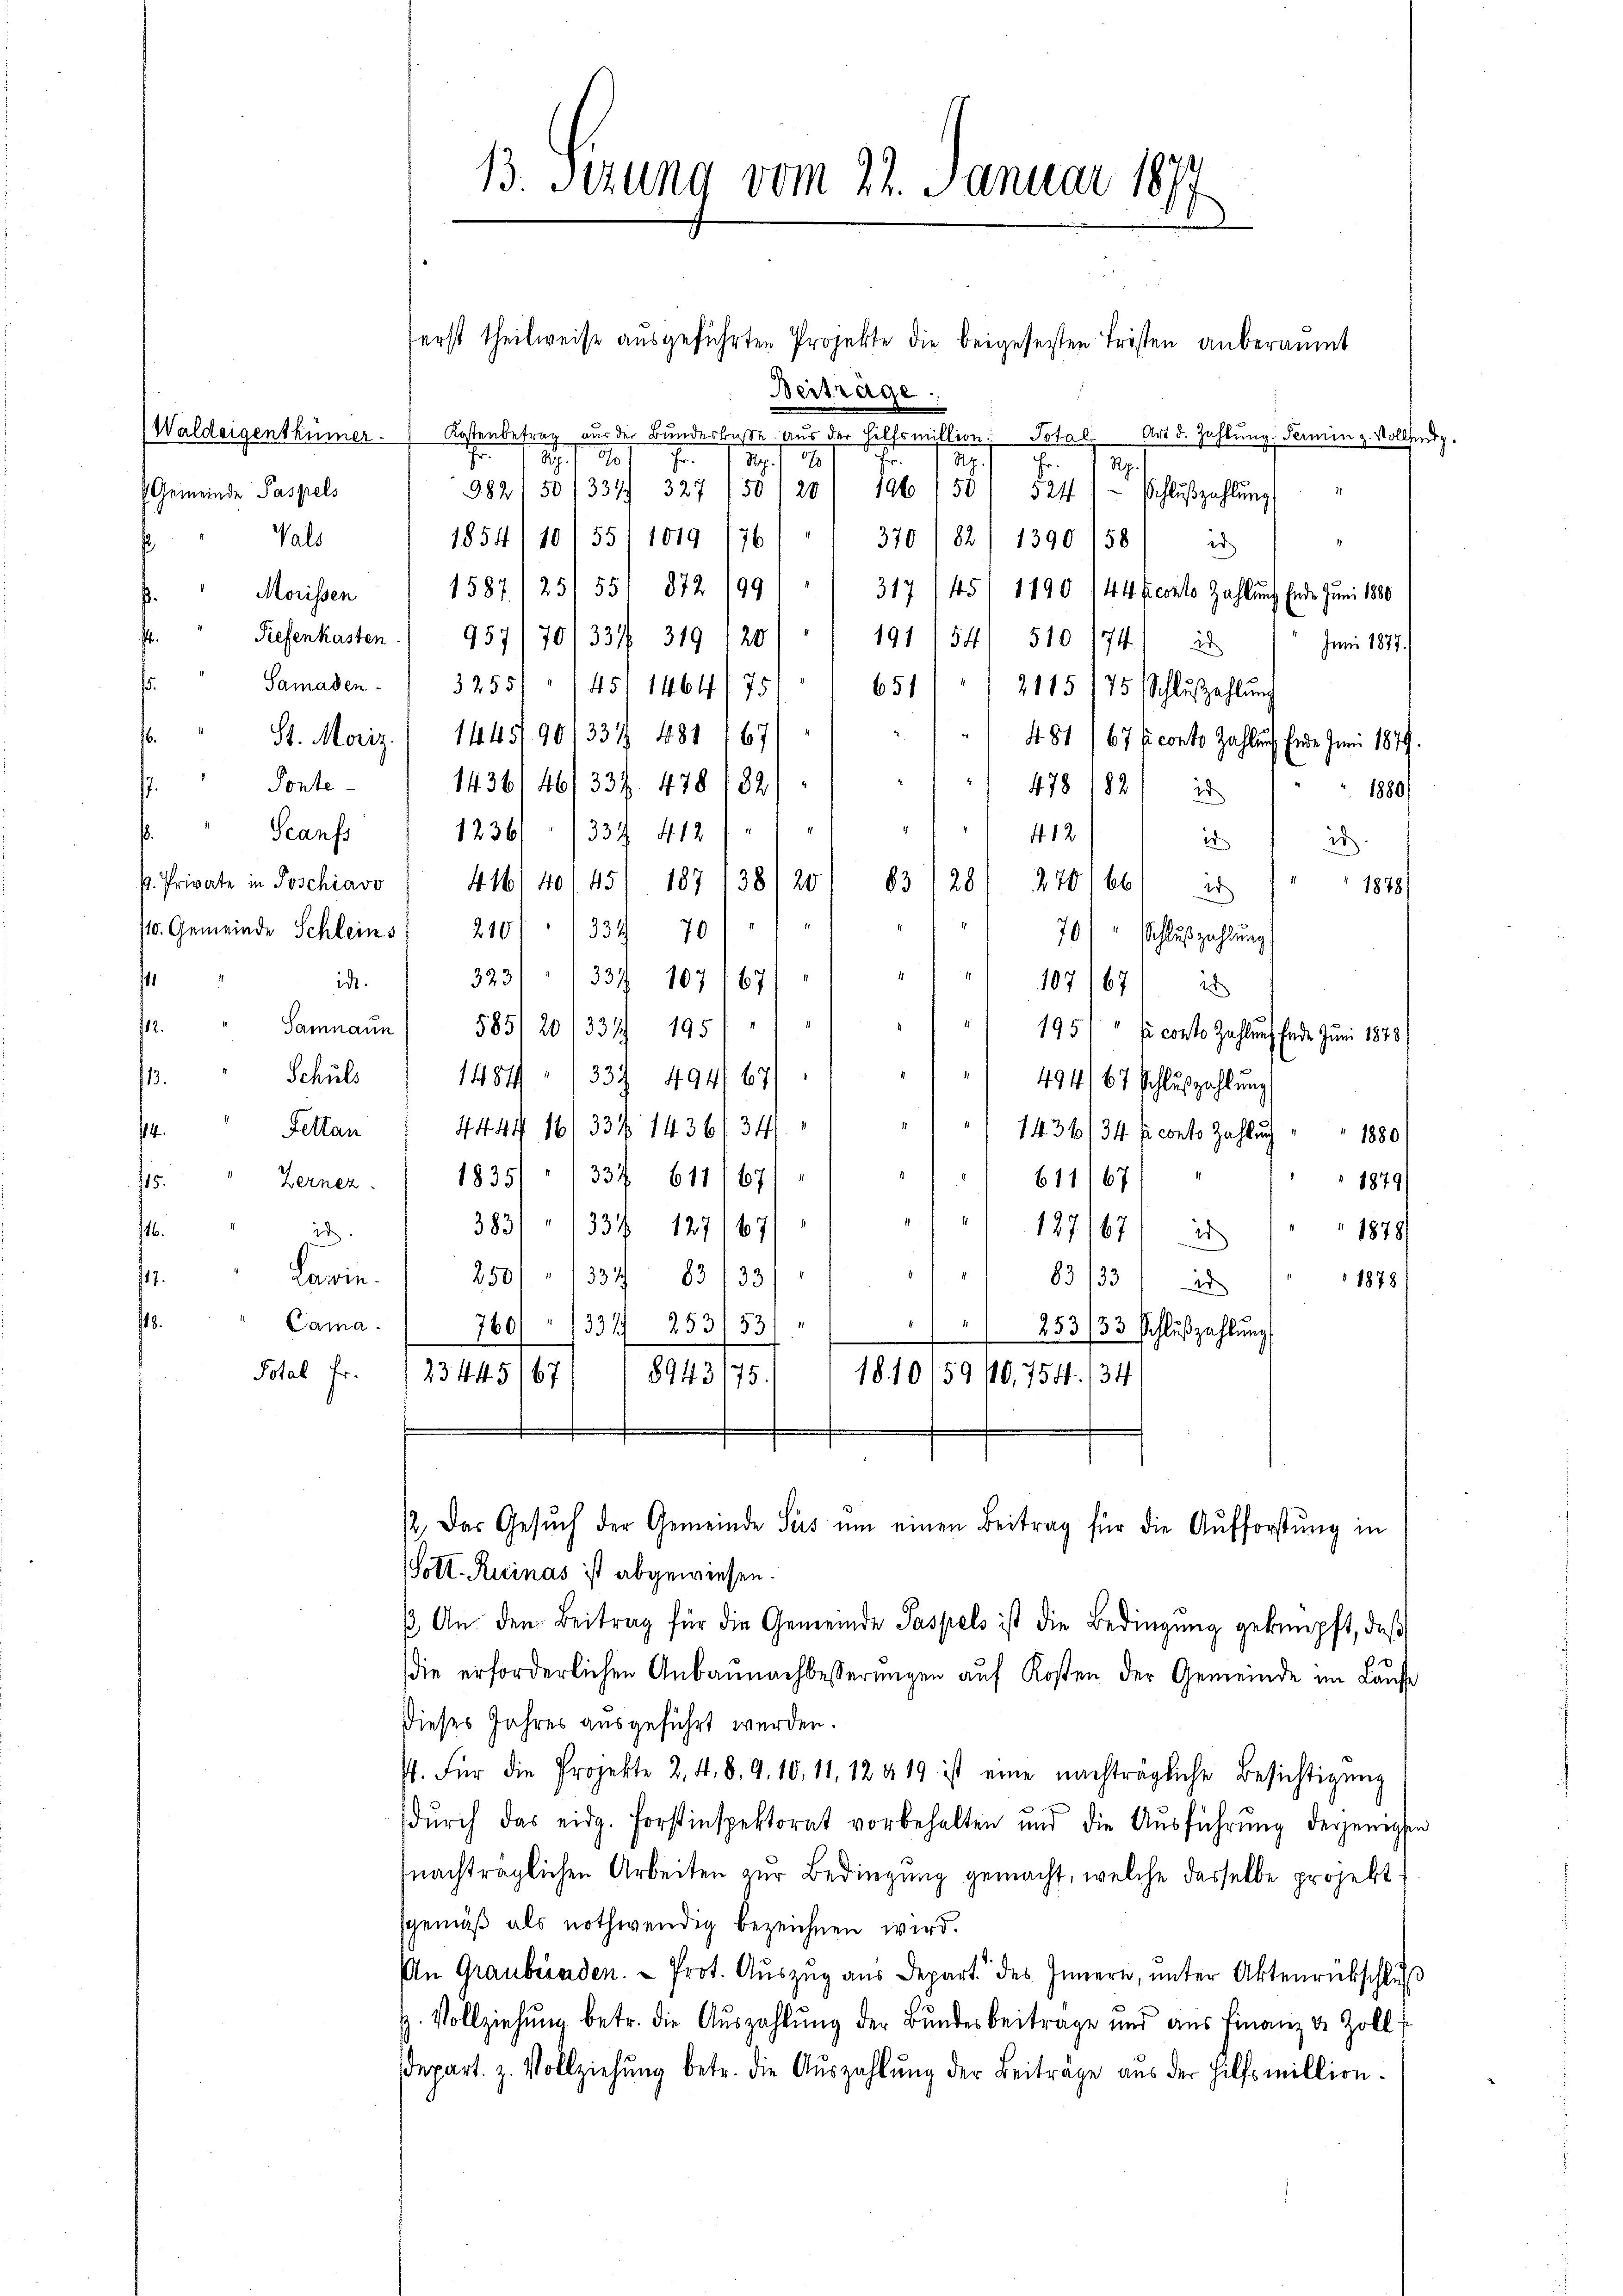
s
¬

(Gemeinde Paspels
Vals
Morissen
Tiefenkasten.
Samaden. 3255
Ponte-
Scanfs
p. Private in Poschiavo
ide.
12.
Schuld
13.
Fettan
.
Zernez.
15.
id
.
17.
18.
Cama.
Total Fr.

erst theilweise ausgeführten Projekte die beigesesten Fristen anberaumt
Vertrage.
Waldeigenthümer Kostenbetrag aus der Bundeskasse. Aus der Hilfsmillion
Total
Art d. Zahlung. Fermin z. Vollsind.
Fr
I
191. 190
Fr. 1851
291. 10
2
e
55
982 50/334/ 327 (50/201 196
5214.
Schlußzahlung
1854/10/55/ 1019 1761. 370/82/ 1390 158
id
1587125/ 551 872 199/ / 317 /45/ 1190 144 fecito Zahlung Ende Juni 1880
957/701334 319 1201 " " 191/541 510 (74) 25
Juni 1877.
45/1464/75/ 651
2115 175 Schluszahlung
2
St. Moriz., 1445190/337 481 167)
48167 fi conto Zahlung Ende Juni 1879.
2
.
1436146/337. 478 1821
478 1822
1880
1
1236/1334 412)
412
2
2
41640/45/ 187 1381 201 83128) 270/66) is
1878/
/10. Gemeinde Schleins " 210//334 701 " "
70) Schluszahlung
323 334 107 1671 " " " 107 1671 22
21.
195/
Samnaun / 585120
33 1/
"  "  195/" si conto Zahlung Ende Juni 1878
.
1484/1337. 494 67)
 494/67 Schlŭszahlŭng
4444 16/ 334 1436/ 341.
1436/34 Econto Zahlung " " 1880
1835/, 337. 611/67/1 11 611/67
1879)
383//334 127/67/
187/672
1878/
Lawin 2501. 1334/ 831331
 83/332
1878
760
331 253/53/
253/33 Schlußzahlung
1
23445/67
8943/75.
18.10/59/0,754. 134

13. Setzung vom 22. Januar 1874
6

12. Das Gesŭch der Gemeinde Seis ŭm einen Beitrag für die Aufforstung in

Soll-Ruinas ist abgewiesen.
 An den Beitrag für die Gemeinde Paspels ist die Bedingŭng geknüpft, daβ
die erforderlichen Anbaunachbesserungen auf Kosten der Gemeinde im Laufe
Dieses Jahres ausgeführt werden.
4. Für die Projekte 2. 4. 8. 9.10. 11, 12 § 19 ist eine nachträgliche Besichtigŭng
dŭrch das eidg. Forstinspektorat vorbehalten und die Aŭsführŭng derjenigen
nachträglichen Arbeiten zur Bedingung gemacht, welche dasselbe projekt
sgemäß als nothwendig bezeichnen wird.
An Graubünden. - Prot. Aŭszŭg aŭs Depart des Innern, ŭnter Aktenrückschlŭβ
H. Vollziehung betr. die Auszahlung der Bundesbeitrage und aus Finanz v. Zoll-
depart. z. Vollziehŭng betr. die Aŭszahlŭng der Beiträge aus der Hilfsmillion.